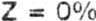
Z = 0%